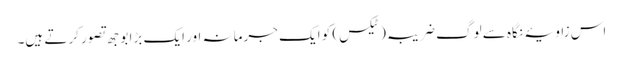
اس زاویۂ نگاہ سے لوگ ضریبہ(ٹیکس) کو ایک جرمانہ اور ایک بڑا بوجھ تصور کرتے ہیں۔